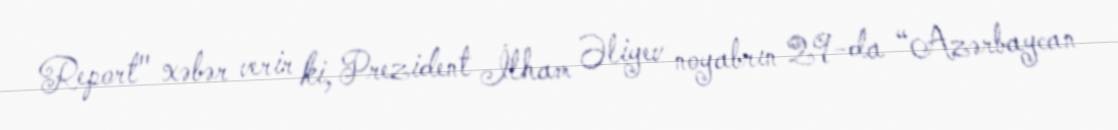
Report" xəbər verir ki, Prezident İlham Əliyev noyabrın 29-da “Azərbaycan